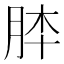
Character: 𦚬